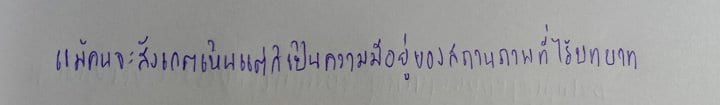
แม้คนจะสังเกตเห็นแต่ก็เป็นความมีอยู่ของสถานภาพที่ไร้บทบาท